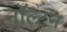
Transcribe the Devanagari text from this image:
नॉल्टन